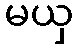
မယှ